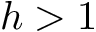
h > 1